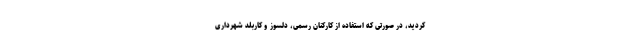
کردید، در صورتی که استفاده از کارکنان رسمى، دلسوز و کاربلد شهردارى